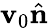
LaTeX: \mathbf{v}_{0}\hat{{\mathbf{n}}}